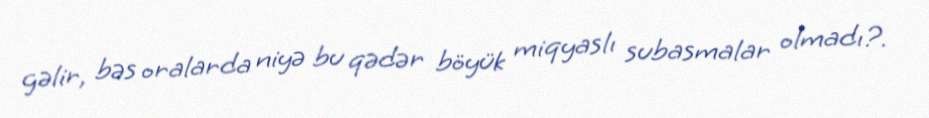
gəlir, bəs oralarda niyə bu qədər böyük miqyaslı subasmalar olmadı?.